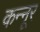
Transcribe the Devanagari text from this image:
कन्‍नूर